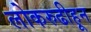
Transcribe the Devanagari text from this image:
लोकरुढीहून